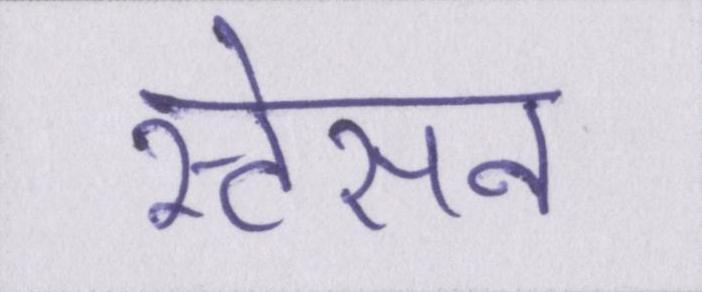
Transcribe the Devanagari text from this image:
स्टेसन